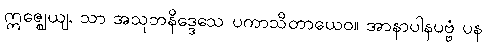
ဣဇ္ဈေယျ, သာ အသုဘနိဒ္ဒေသေ ပကာသိတာယေဝ။ အာနာပါနပဗ္ဗံ ပန